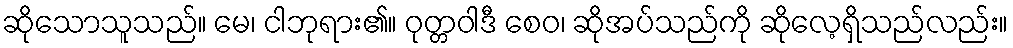
ဆိုသောသူသည်။ မေ၊ ငါဘုရား၏။ ဝုတ္တဝါဒီ စေဝ၊ ဆိုအပ်သည်ကို ဆိုလေ့ရှိသည်လည်း။